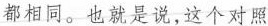
都相同。也就是说，这个对照